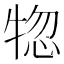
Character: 𤙹